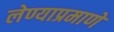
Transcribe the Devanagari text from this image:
लेण्याप्रमाणे